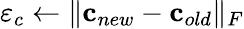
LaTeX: \varepsilon_{c}\gets\lVert{\mathbf c}_{new}-{\mathbf c}_{old}\rVert_{F}